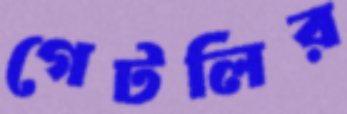
গেটলির